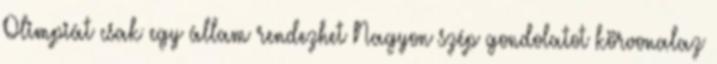
Olimpiát csak egy állam rendezhet Nagyon szép gondolatot körvonalaz